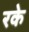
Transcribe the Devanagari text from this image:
रके